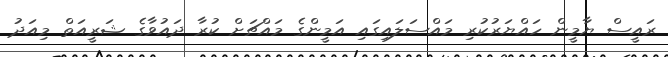
ރައީސް ޔާމީން ހައްޔަރުކުރި މައްސަލައިގައި އަމީންގެ މައްޗަށް ކުރާ ދައުވާގެ ޝަރީއަތް މިއަދު